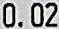
0.02